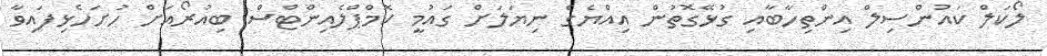
ލޯކަލް ކައުންސިލް އިންތިހާބާއި ގުޅޭގޮތުން އިއްޔެގެ ނިޔަލަށް ގައުމީ ކޮމްޕްލެއިންޓްސް ބިއުރޯއަށް ހުށަހެޅިފައިވާ